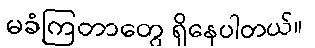
မခံကြတာတွေ ရှိနေပါတယ်။